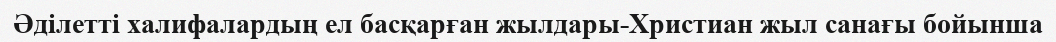
Әділетті халифалардың ел басқарған жылдары-Христиан жыл санағы бойынша